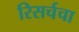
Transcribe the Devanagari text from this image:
रिसर्चचा